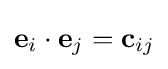
\mathbf {e} _{i}\cdot \mathbf {e} _{j}=\mathbf {c} _{ij}